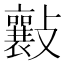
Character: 𣀮